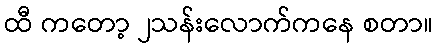
ထီ ကတော့ ၂သန်းလောက်ကနေ စတာ။